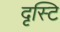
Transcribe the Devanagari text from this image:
दृस्टि